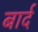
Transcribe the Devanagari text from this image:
बार्द